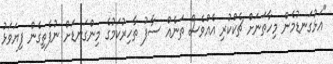
"އަޅުގަނޑުމެން މިހާތަނަށް ޗެކްކުރި އެއްވެސް ތަނެއް ސާފު ތާހިރުކަމުގެ މިންގަނޑަށް ނުފެތިގެން ފިޔަވަޅު